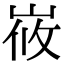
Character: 峳